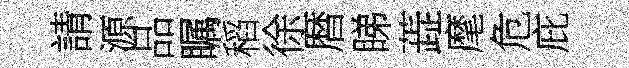
請源品瞩稻徐暦睇蕋麾危庇